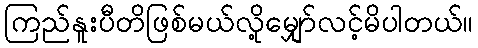
ကြည်နူးပီတိဖြစ်မယ်လို့မျှော်လင့်မိပါတယ်။